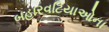
બહારવટિયાઓના